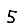
Digit: 5